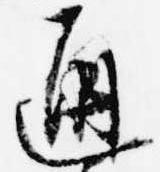
通